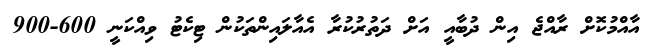
އާއްމުކޮށް ރާއްޖެ އިން ދުބާއީ އަށް ދަތުރުކުރާ އެއާލައިންތަކުން ޓިކެޓު ވިއްކަނީ 600-900